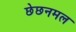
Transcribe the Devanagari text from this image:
छेछनमल